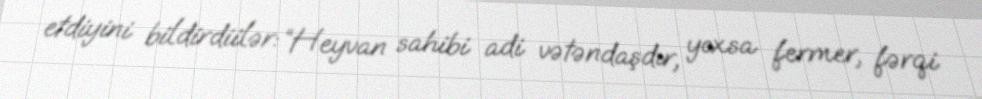
etdiyini bildirdiilər: “Heyvan sahibi adi vətəndaşdır, yoxsa fermer, fərqi